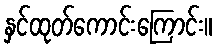
နှင်ထုတ်ကောင်းကြောင်း။